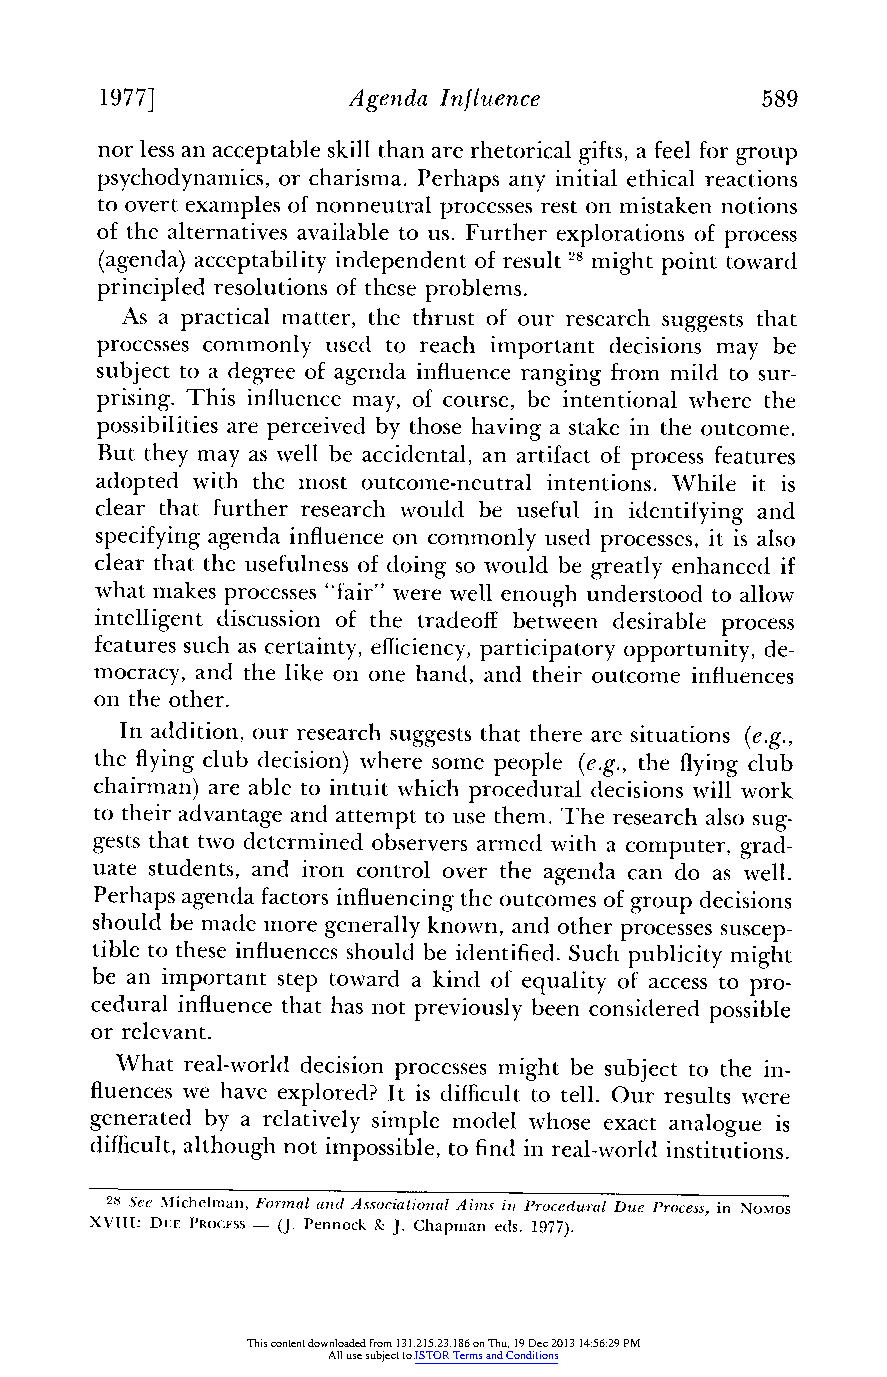
1977]           Agenda Influence           589
 nor less an acceptable skill than are rhetoricalg ifts,a feel forg roup
 psychodynamicso, r charisma. Perhaps any initial ethical reactions
 to overt examples of nonneutral processesr est on mistakenn otions
 of the alternativesa vailable to us. Further explorations of process
 (agenda) acceptabilityi ndependent of result 2 8 might point toward
 principled resolutions of these problems.
 As a practical matter, the thrust of our research suggests that
 processes commonly used to reach important decisions may be
 subject to a degree of agenda influencer anging from mild to sur-
 prising. This influence may, of course, be intentional where the
 possibilities are perceived by those having a stake in the outcome.
 But they may as well be accidental, an artifacto f process features
 adopted with the most outcome-neutral intentions. While it is
 clear that furtherr esearch would be useful in identifyinga nd
 specifyinga genda influenceo n commonlyu sed processes,i t is also
 clear that the usefulnesso f doing so would be greatlye nhanced if
 what makes processes" fair" were well enough understood to allow
 intelligent discussion of the tradeoffb etween desirable process
 featuress uch as certainty,e fficiencyp,a rticipatoryo pportunity,d e-
 mocracy,a nd the like on one hand, and their outcome influences
 on the other.
 In addition, our research suggestst hat there are situations (e.g.,
 the flyingc lub decision) where some people (e.g., the flyingc lub
 chairman) are able to intuit which procedural decisions will work
 to theira dvantage and attemptt o use them. The research also sug-
 gests that two determined observersa rmed with a computer,g rad-
 uate students, and iron control over the agenda can do as well.
 Perhaps agenda factorsi nfluencingt he outcomes of group decisions
 should be made more generallyk nown, and other processess uscep-
 tible to these influencess hould be identified.S uch publicity might
 be an important step toward a kind of equality of access to pro-
 cedural influencet hat has not previously been considered possible
 or relevant.
 What real-world decision processes might be subject to the in-
 fluencesw e have explored? It is difficultt o tell. Our results were
 generated by a relatively simple model whose exact analogue is
 difficulta,l though not impossible,t o findi n real-worldi nstitutions.
 28 See Michelman, Formal and Associational Ains in Procedural Due Process, in NoMos
 XVIII: DUE PROCESS - (J. Pennock & J. Chapman eds. 1977).
 This content downloaded from 131.215.23.186 on Thu, 19 Dec 2013 14:56:29 PM
 All use subject to JSTOR Terms and Conditions